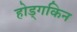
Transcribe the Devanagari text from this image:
होड्गकिन